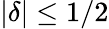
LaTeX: |\delta|\leq 1/2